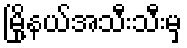
မြို့နယ်အသီးသီးမှ